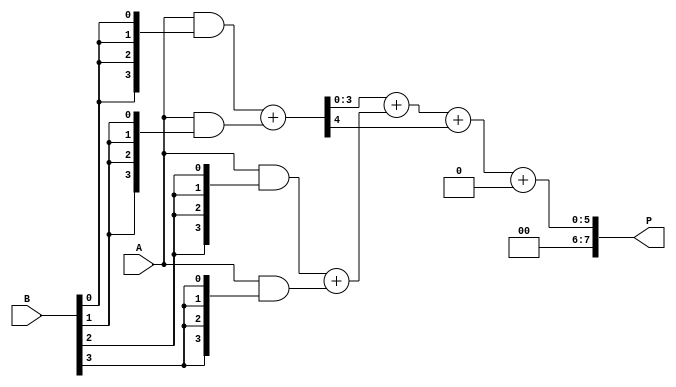
module wallace_tree_multiplier (
    input [3:0] A,        // 4-bit input A
    input [3:0] B,        // 4-bit input B
    output [7:0] P        // 8-bit output P (product)
);

    wire [3:0] pp[3:0];   // Partial products
    wire [7:0] sum[2:0];  // Sums at different stages
    wire [7:0] carry[2:0]; // Carries at different stages

    // Step 1: Generate Partial Products
    assign pp[0] = A & {4{B[0]}};
    assign pp[1] = A & {4{B[1]}};
    assign pp[2] = A & {4{B[2]}};
    assign pp[3] = A & {4{B[3]}};

    // Step 2: Wallace Tree Reduction (Stage 1)
    // First two levels of the tree
    wire [3:0] s1_0, s1_1, s1_2; // Sums
    wire [3:0] c1_0, c1_1, c1_2; // Carries

    // Half adders for first two rows
    assign {c1_0, s1_0} = pp[0] + pp[1]; // Add first two partial products
    assign {c1_1, s1_1} = pp[2] + pp[3]; // Add the next two partial products

    // Second stage reduction
    wire [3:0] s2_0, s2_1; // Sums from Stage 1
    wire [3:0] c2_0, c2_1; // Carries from Stage 1

    // Full adders for the sums of stage 1
    assign {c2_0, s2_0} = {1'b0, s1_0} + {1'b0, s1_1}; // Add sums from stage 1

    // The final addition of the last results
    assign {carry[0], sum[0]} = {1'b0, s2_0} + {1'b0, c1_0}; // Combine sums and carries from stage 1

    // Final stage: Combine the last two sums
    assign P = sum[0] + carry[0]; // Final product

endmodule